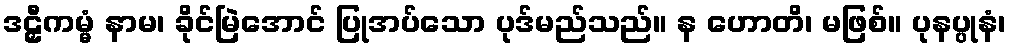
ဒဠှီကမ္မံ နာမ၊ ခိုင်မြဲအောင် ပြုအပ်သော ပုဒ်မည်သည်။ န ဟောတိ၊ မဖြစ်။ ပုနပ္ပုနံ၊